Rangoon Lunatic Asylum 1893-1897 - 1893-1897
Year: 1893
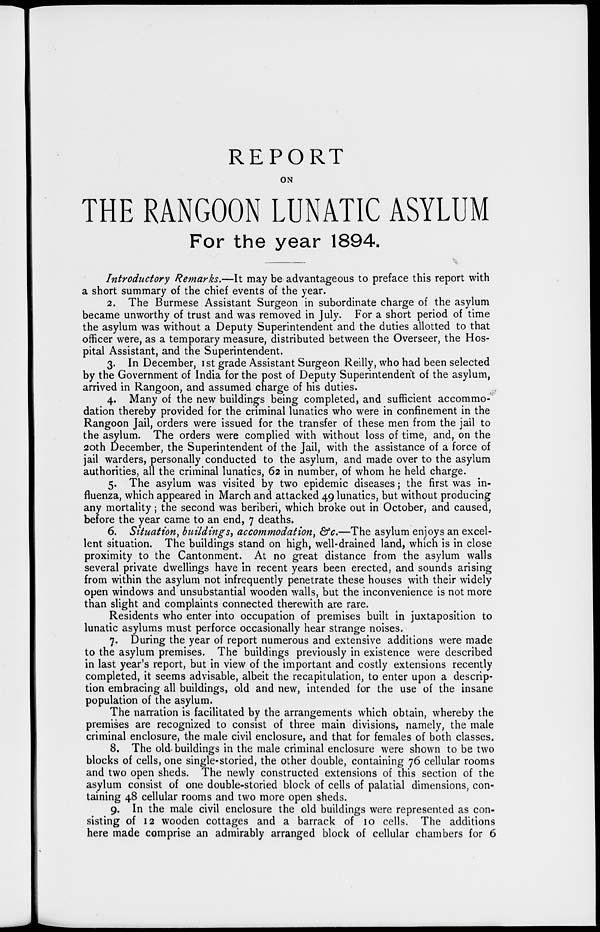
REPORT
ON
THE RANGOON LUNATIC ASYLUM
For the year 1894.
Introductory Remarks.—It may be advantageous to preface this report with
a short summary of the chief events of the year.
2. The Burmese Assistant Surgeon in subordinate charge of the asylum
became unworthy of trust and was removed in July. For a short period of time
the asylum was without a Deputy Superintendent and the duties allotted to that
officer were, as a temporary measure, distributed between the Overseer, the Hos-
pital Assistant, and the Superintendent.
3. In December, 1st grade Assistant Surgeon Reilly, who had been selected
by the Government of India for the post of Deputy Superintendent of the asylum,
arrived in Rangoon, and assumed charge of his duties.
4. Many of the new buildings being completed, and sufficient accommo-
dation thereby provided for the criminal lunatics who were in confinement in the
Rangoon Jail, orders were issued for the transfer of these men from the jail to
the asylum. The orders were complied with without loss of time, and, on the
20th December, the Superintendent of the Jail, with the assistance of a force of
jail warders, personally conducted to the asylum, and made over to the asylum
authorities, all the criminal lunatics, 62 in number, of whom he held charge.
5. The asylum was visited by two epidemic diseases; the first was in-
fluenza, which appeared in March and attacked 49 lunatics, but without producing
any mortality; the second was beriberi, which broke out in October, and caused,
before the year came to an end, 7 deaths.
6. Situation, buildings, accommodation, &c.—The asylum enjoys an excel-
lent situation. The buildings stand on high, well-drained land, which is in close
proximity to the Cantonment. At no great distance from the asylum walls
several private dwellings have in recent years been erected, and sounds arising
from within the asylum not infrequently penetrate these houses with their widely
open windows and unsubstantial wooden walls, but the inconvenience is not more
than slight and complaints connected therewith are rare.
Residents who enter into occupation of premises built in juxtaposition to
lunatic asylums must perforce occasionally hear strange noises.
7. During the year of report numerous and extensive additions were made
to the asylum premises. The buildings previously in existence were described
in last year's report, but in view of the important and costly extensions recently
completed, it seems advisable, albeit the recapitulation, to enter upon a descrip-
tion embracing all buildings, old and new, intended for the use of the insane
population of the asylum.
The narration is facilitated by the arrangements which obtain, whereby the
premises are recognized to consist of three main divisions, namely, the male
criminal enclosure, the male civil enclosure, and that for females of both classes.
8. The old buildings in the male criminal enclosure were shown to be two
blocks of cells, one single-storied, the other double, containing 76 cellular rooms
and two open sheds. The newly constructed extensions of this section of the
asylum consist of one double-storied block of cells of palatial dimensions, con-
taining 48 cellular rooms and two more open sheds.
9. In the male civil enclosure the old buildings were represented as con-
sisting of 12 wooden cottages and a barrack of 10 cells. The additions
here made comprise an admirably arranged block of cellular chambers for 6